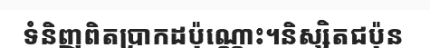
ទំនិញពិតប្រាកដប៉ុណ្ណោះ។និស្សិតជប៉ុន